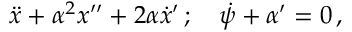
\ddot { x } + \alpha ^ { 2 } x ^ { \prime \prime } + 2 \alpha \dot { x } ^ { \prime } \, ; \quad \dot { \psi } + \alpha ^ { \prime } = 0 \, ,